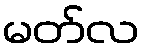
မတ်လ